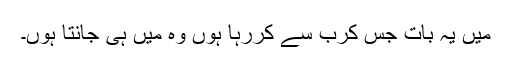
میں یہ بات جس کرب سے کررہا ہوں وہ میں ہی جانتا ہوں۔